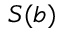
S ( b )